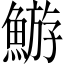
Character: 𩹊